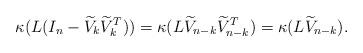
LaTeX: \begin{align*}\kappa(L(I_n -\widetilde{V}_k\widetilde{V}_k^T))&=\kappa(L\widetilde{V}_{n-k}\widetilde{V}_{n-k}^T)=\kappa(L\widetilde{V}_{n-k}).\end{align*}